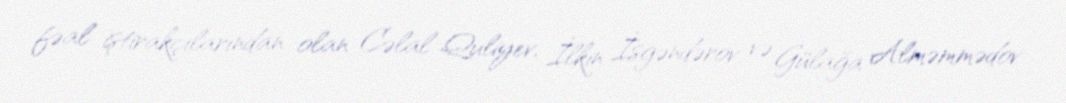
fəal iştirakçılarından olan Cəlal Quliyev, İlkin İsgəndərov və Gülağa Alməmmədov